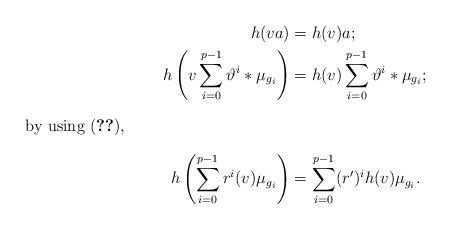
LaTeX: \begin{align*}h(va) &= h(v)a;\\h \left( v \sum _{i=0}^{p-1}\vartheta^{i}* \mu_{g_{i}} \right) &= h(v) \sum _{i=0}^{p-1}\vartheta^{i}* \mu_{g_{i}};\\\intertext{by using (\ref{derivacionAccion}),}h \left( \sum _{i=0}^{p-1} r^i(v) \mu_{g_{i}} \right) &= \sum _{i=0}^{p-1} (r')^i h(v) \mu_{g_{i}}.\\\end{align*}